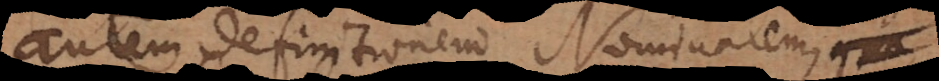
autem definitionem Nominalem,